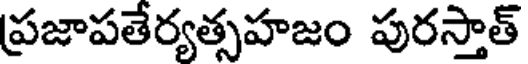
ప్రజాపతేర్యత్సహజం పురస్తాత్